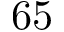
6 5